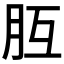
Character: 𦙁